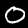
Digit: 0